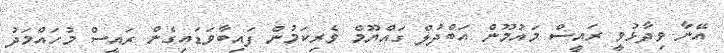
އޭނާ ވިދާޅުވީ ރައީސް މައުމޫން އަބްދުލް ގައްޔޫމް ވެރިކަމުން ފައިބާވަޑައިގެން ރައީސް މުހައްމަދު